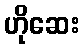
ဟိုဆေး